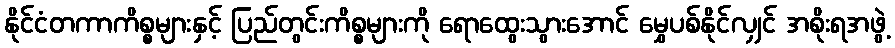
နိုင်ငံတကာကိစ္စများနှင့် ပြည်တွင်းကိစ္စများကို ရောထွေးသွားအောင် မွှေပစ်နိုင်လျှင် အစိုးရအဖွဲ့